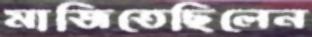
মাজিতেছিলেন